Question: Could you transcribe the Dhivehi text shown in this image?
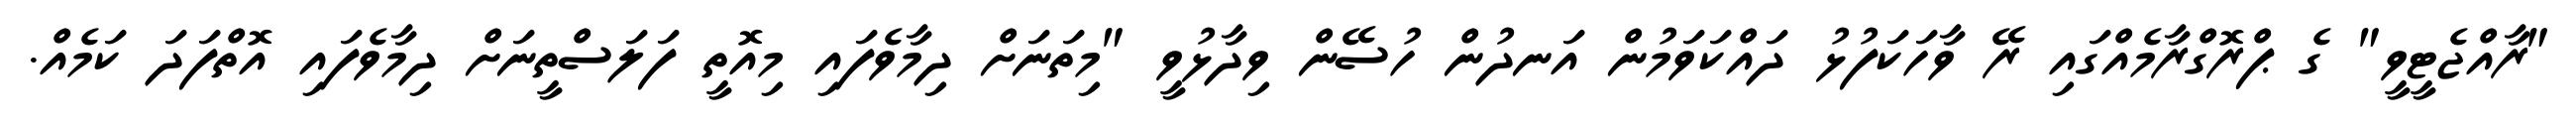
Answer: "ރާއްޖެޓީވީ" ގެ ޕްރޮގްރާމެއްގައި ރޭ ވާހަކަފުޅު ދައްކަވަމުން އަނދުން ހުސޭން ވިދާޅުވީ "މިތަނަށް ދިމާވެފައި މިއޮތީ ފަލަސްތީނަށް ދިމާވެފައި އޮތްފަދަ ކަމެއް.